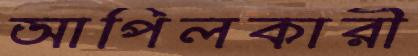
আপিলকারী